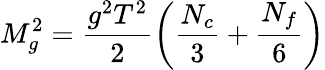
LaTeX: M_{g}^{2}=\frac{g^{2}T^{2}}{2}\left(\frac{N_{c}}{3}+\frac{N_{f}}{6}\right)